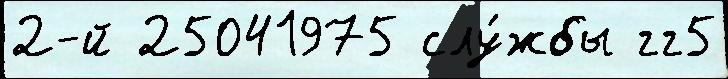
2-й 25041975 слу́жбы гг5